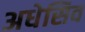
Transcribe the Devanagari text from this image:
अधेसिव